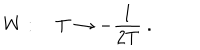
LaTeX: W : \quad T \rightarrow - \frac { 1 } { 2 T } \ .